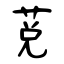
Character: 莌